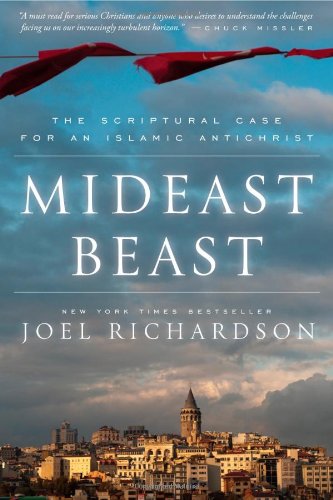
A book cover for Mideast Beast: The Scriptural Case for an Islamic Antichrist; Joel Richardson; History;